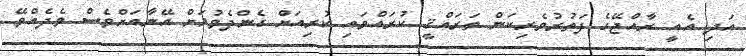
އަދި އެއީ ރާއްޖޭގެ ފަތުރުވެރިކަން ތަރައްޤީ ކުރައްވައި ކުރިއަށް ގެންދެވުމަށް އޭނާއަށްވެސް ވެދެއްވޭ